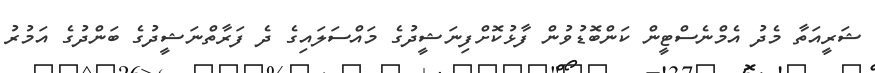
ޝަރީއަތާ މެދު އެމްނެސްޓީން ކަންބޮޑުވުން ފާޅުކޮށްފިނަޝީދުގެ މައްސަލައިގެ ދެ ފަރާތްނަޝީދުގެ ބަންދުގެ އަމުރު